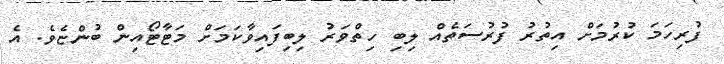
ފުރިހަމަ ކުރުމަށް އިތުރު ފުރުސަތެއް ލިބި ހިތްވަރު ލިބިފައިވާކަމަށް މަޓާޓޯއިން ބުންޏެވެ. އެ